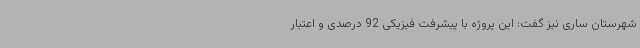
شهرستان ساری نیز گفت: این پروژه با پیشرفت فیزیکی 92 درصدی و اعتبار